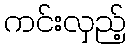
ကင်းလှည့်